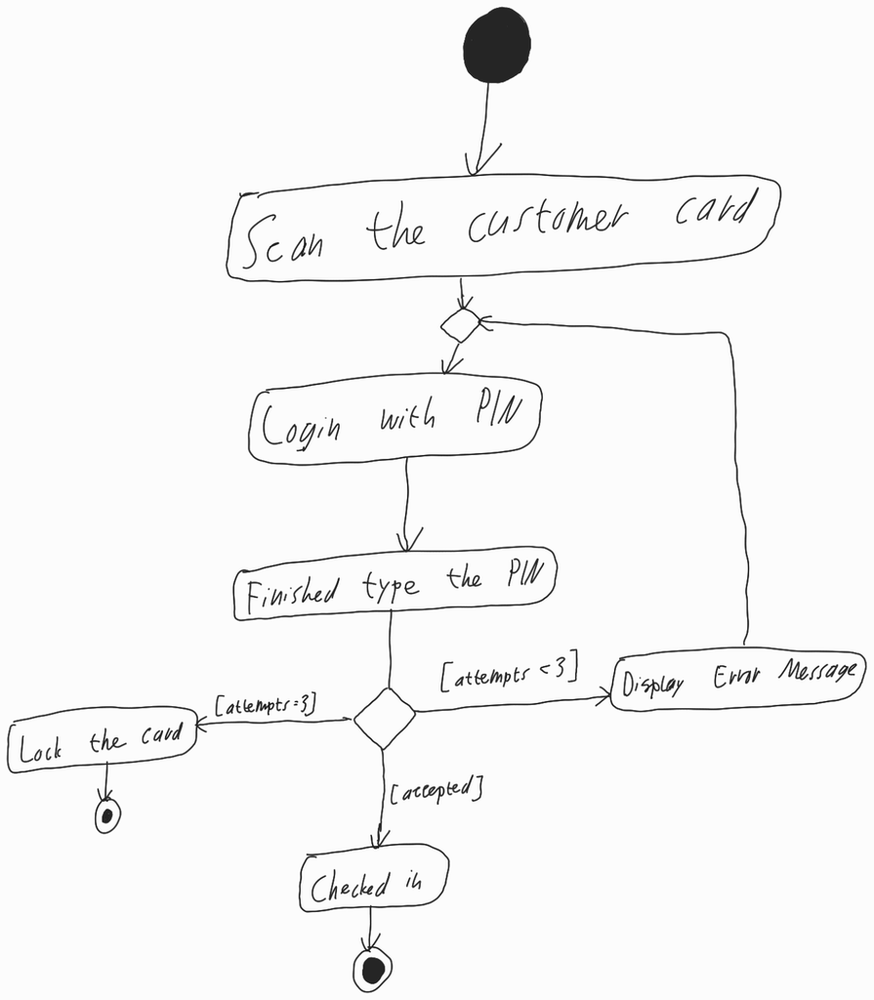
Diagram type: activity_diagram
@startuml

start

:Scan the customer card;

repeat
  :Login with PIN;
  :Finished type the PIN;

  if () then ([accepted])
    :Checked in;
    stop
  elseif () then ([attempts = 3])
    :Lock the card;
    stop
  else ([attempts < 3])
  endif
backward:Display Error Message;
repeat while

@enduml